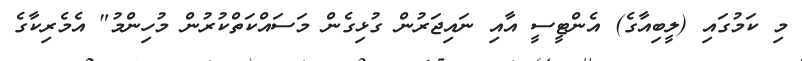
މި ކަމުގައި (ލީބިއާގެ) އެންޓީސީ އާއި ނައިޖަރުން ގުޅިގެން މަސައްކަތްކުރުން މުހިންމު" އެމެރިކާގެ